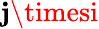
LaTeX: \mathbf{j}\timesi